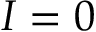
I = 0